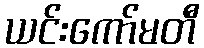
ယင်းကော်မတီ